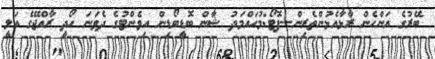
ބޭރުގެ އަންހެން ރާޅާއެޅުންތެރިން--ފޮޓޯ:މުހައްމަދު ޝާން ބޮޑީބޯޑިން އިވެންޓުގެ ދެވަނަ ހޯދީ ރާއްޖޭގެ އަލީ